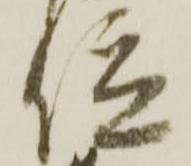
位